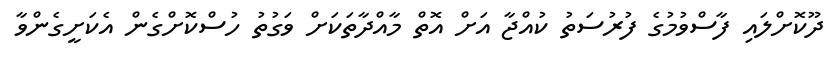
ދޫކޮށްލައި ފާސްވުމުގެ ފުރުސަތު ކުއްޖާ އަށް އޮތް މާއްދާތަކަށް ވަގުތު ހުސްކޮށްގެން އެކަށީގެންވާ